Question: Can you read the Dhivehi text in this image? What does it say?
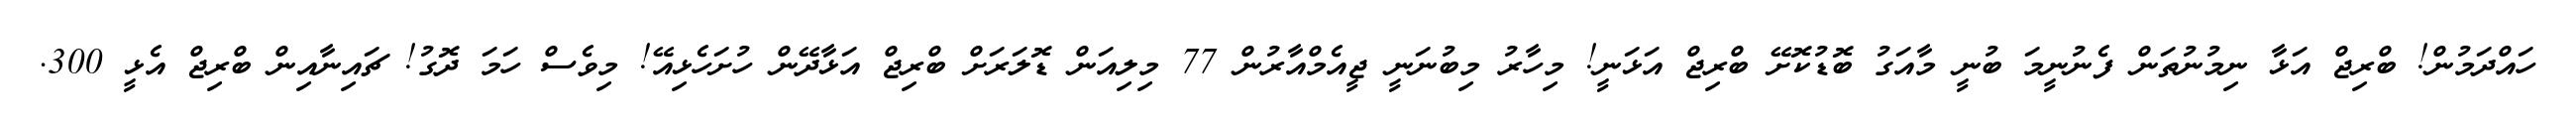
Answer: ހައްދަމުން! ބްރިޖް އަޅާ ނިމުނުތަން ފެނުނީމަ ބުނީ މާއަގު ބޮޑުކޮށޭ ބްރިޖް އަޅަނީ! މިހާރު މިބުނަނީ ޖީއެމްއާރުން 77 މިލިއަން ޑޮލަރަށް ބްރިޖް އަޅާދޭން ހުށަހެޅިއޭ! މިވެސް ހަމަ ދޮގު! ޗައިނާއިން ބްރިޖް އެޅީ 300.